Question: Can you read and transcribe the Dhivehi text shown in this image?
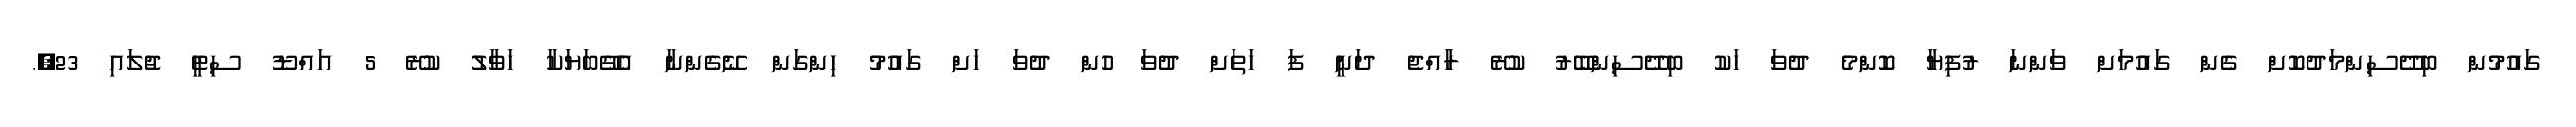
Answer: ގައުމުން ބިދޭސިންމަދުކޮށް ގެން ގައުމަށް ވަންނަ ރުފިޔާ ކޮންމެ ދުވަ ހަކު ބިދޭސިންބޭރު ކުރޭ ރާއްޖެ ދަނީ ފަ ހަތަށް ދުވަ ހުން ދުވަ ހަށް ގައުމު ހިންގަން ނޭގެންނާ އެގޭބަޔަކާ ހަވާލު ކުރޭ 5 އައްޑޫ ސިޓީ ޖުލައި 23,.